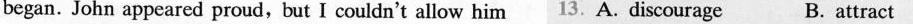
began. John appeared proud, but I couldn't allow him 13.A.Discourage B. attract